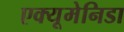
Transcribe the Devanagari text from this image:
एक्यूमेनिडा